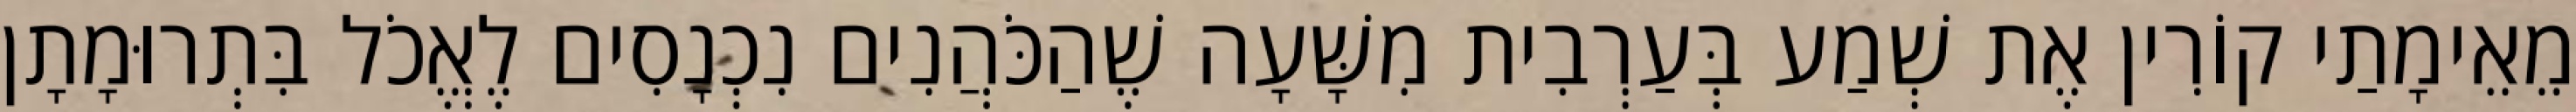
מֵאֵימָתַי קוֹרִין אֶת שְׁמַע בְּעַרְבִית מִשָּׁעָה שֶׁהַכֹּהֲנִים נִכְנָסִים לֶאֱכֹל בִּתְרוּמָתָן